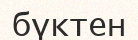
бүктен